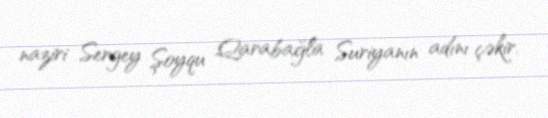
naziri Sergey Şoyqu Qarabağla Suriyanın adını çəkir.